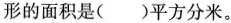
形的面积是( )平方分米。